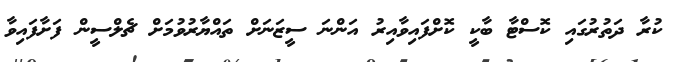
ކުރާ ދަތުރުގައި ކޮސްޓާ ބާކީ ކޮށްފައިވާއިރު އަންނަ ސީޒަނަށް ތައްޔާރުވުމަށް ޗެލްސީން ފަށާފައިވާ